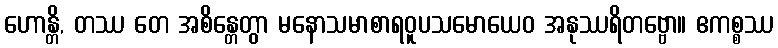
ဟောန္တိ, တဿ တေ အစိန္တေတွာ မနောသမာစာရဝူပသမောယေဝ အနုဿရိတဗ္ဗော။ ဧကစ္စဿ